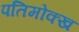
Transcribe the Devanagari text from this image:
पतिमोक्ख